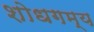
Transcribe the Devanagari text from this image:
शोधगम्‍य